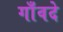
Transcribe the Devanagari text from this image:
गाँवदे